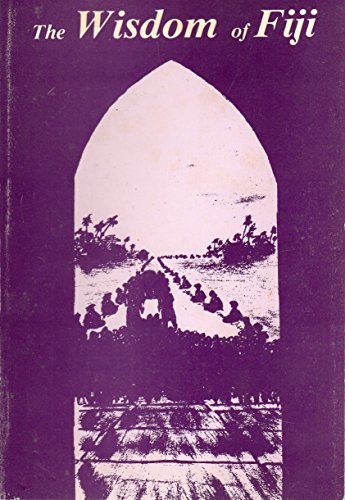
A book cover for The Wisdom of Fiji; Eci (collected by) Kikay; Travel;